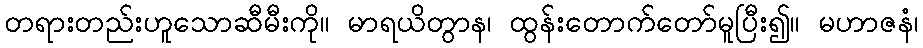
တရားတည်းဟူသောဆီမီးကို။ မာရယိတွာန၊ ထွန်းတောက်တော်မူပြီး၍။ မဟာဇနံ၊